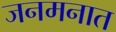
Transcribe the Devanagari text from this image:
जनमनात